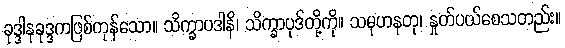
ခုဒ္ဒါနုခုဒ္ဒကဖြစ်ကုန်သော။ သိက္ခာပဒါနိ၊ သိက္ခာပုဒ်တို့ကို။ သမုဟနတု၊ နှုတ်ပယ်စေသတည်း။